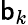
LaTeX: \mathsf{b}_{k}